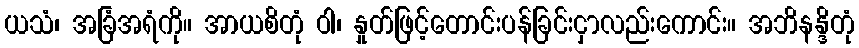
ယသံ၊ အခြံအရံကို။ အာယစိတုံ ဝါ၊ နှုတ်ဖြင့်တောင်းပန်ခြင်းငှာလည်းကောင်း။ အဘိနန္ဒိတုံ